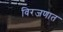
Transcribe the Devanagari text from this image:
विरजणात